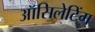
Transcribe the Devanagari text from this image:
ऑसिलेटिंग